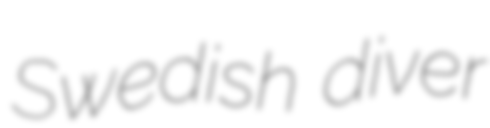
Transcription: Swedish diver